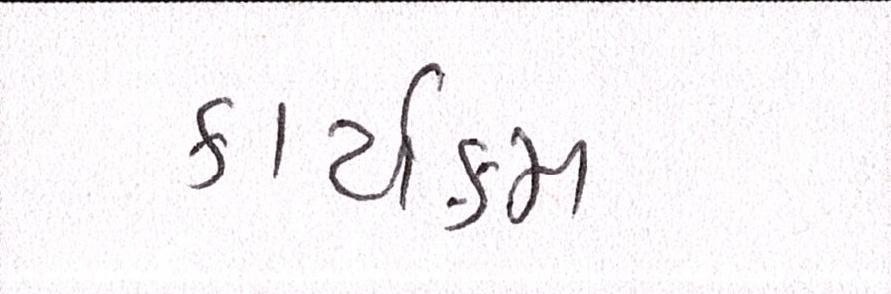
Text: કાર્યક્મ